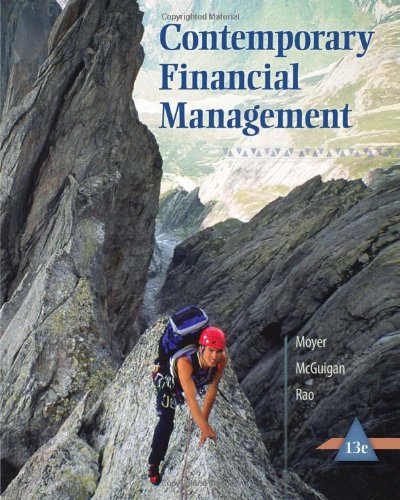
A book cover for Contemporary Financial Management (with Thomson ONE - Business School Edition 6-Month Printed Access Card); R. Charles Moyer; Business & Money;